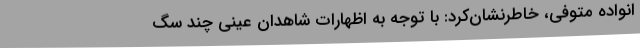
انواده متوفی، خاطرنشان‌کرد: با توجه به اظهارات شاهدان عینی چند سگ